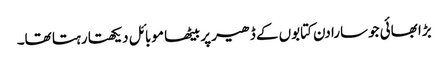
بڑا بھائی جوسارا دن کتابوں کے ڈھیر پر بیٹھا موبائل دیکھتا رہتا تھا۔